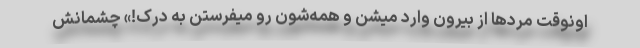
اونوقت مردها از بیرون وارد میشن و همه‌شون رو میفرستن به درک!» چشمانش